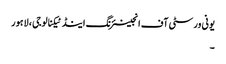
یونی ورسٹی آف انجینئرنگ اینڈ ٹیکنالوجی ، لاہور
۔